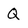
Character: Q